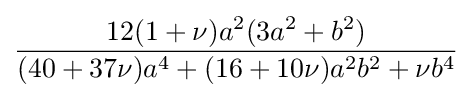
{\frac {12(1+\nu )a^{2}(3a^{2}+b^{2})}{(40+37\nu )a^{4}+(16+10\nu )a^{2}b^{2}+\nu b^{4}}}